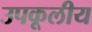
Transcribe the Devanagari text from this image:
उपकूलीय